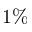
1 \%